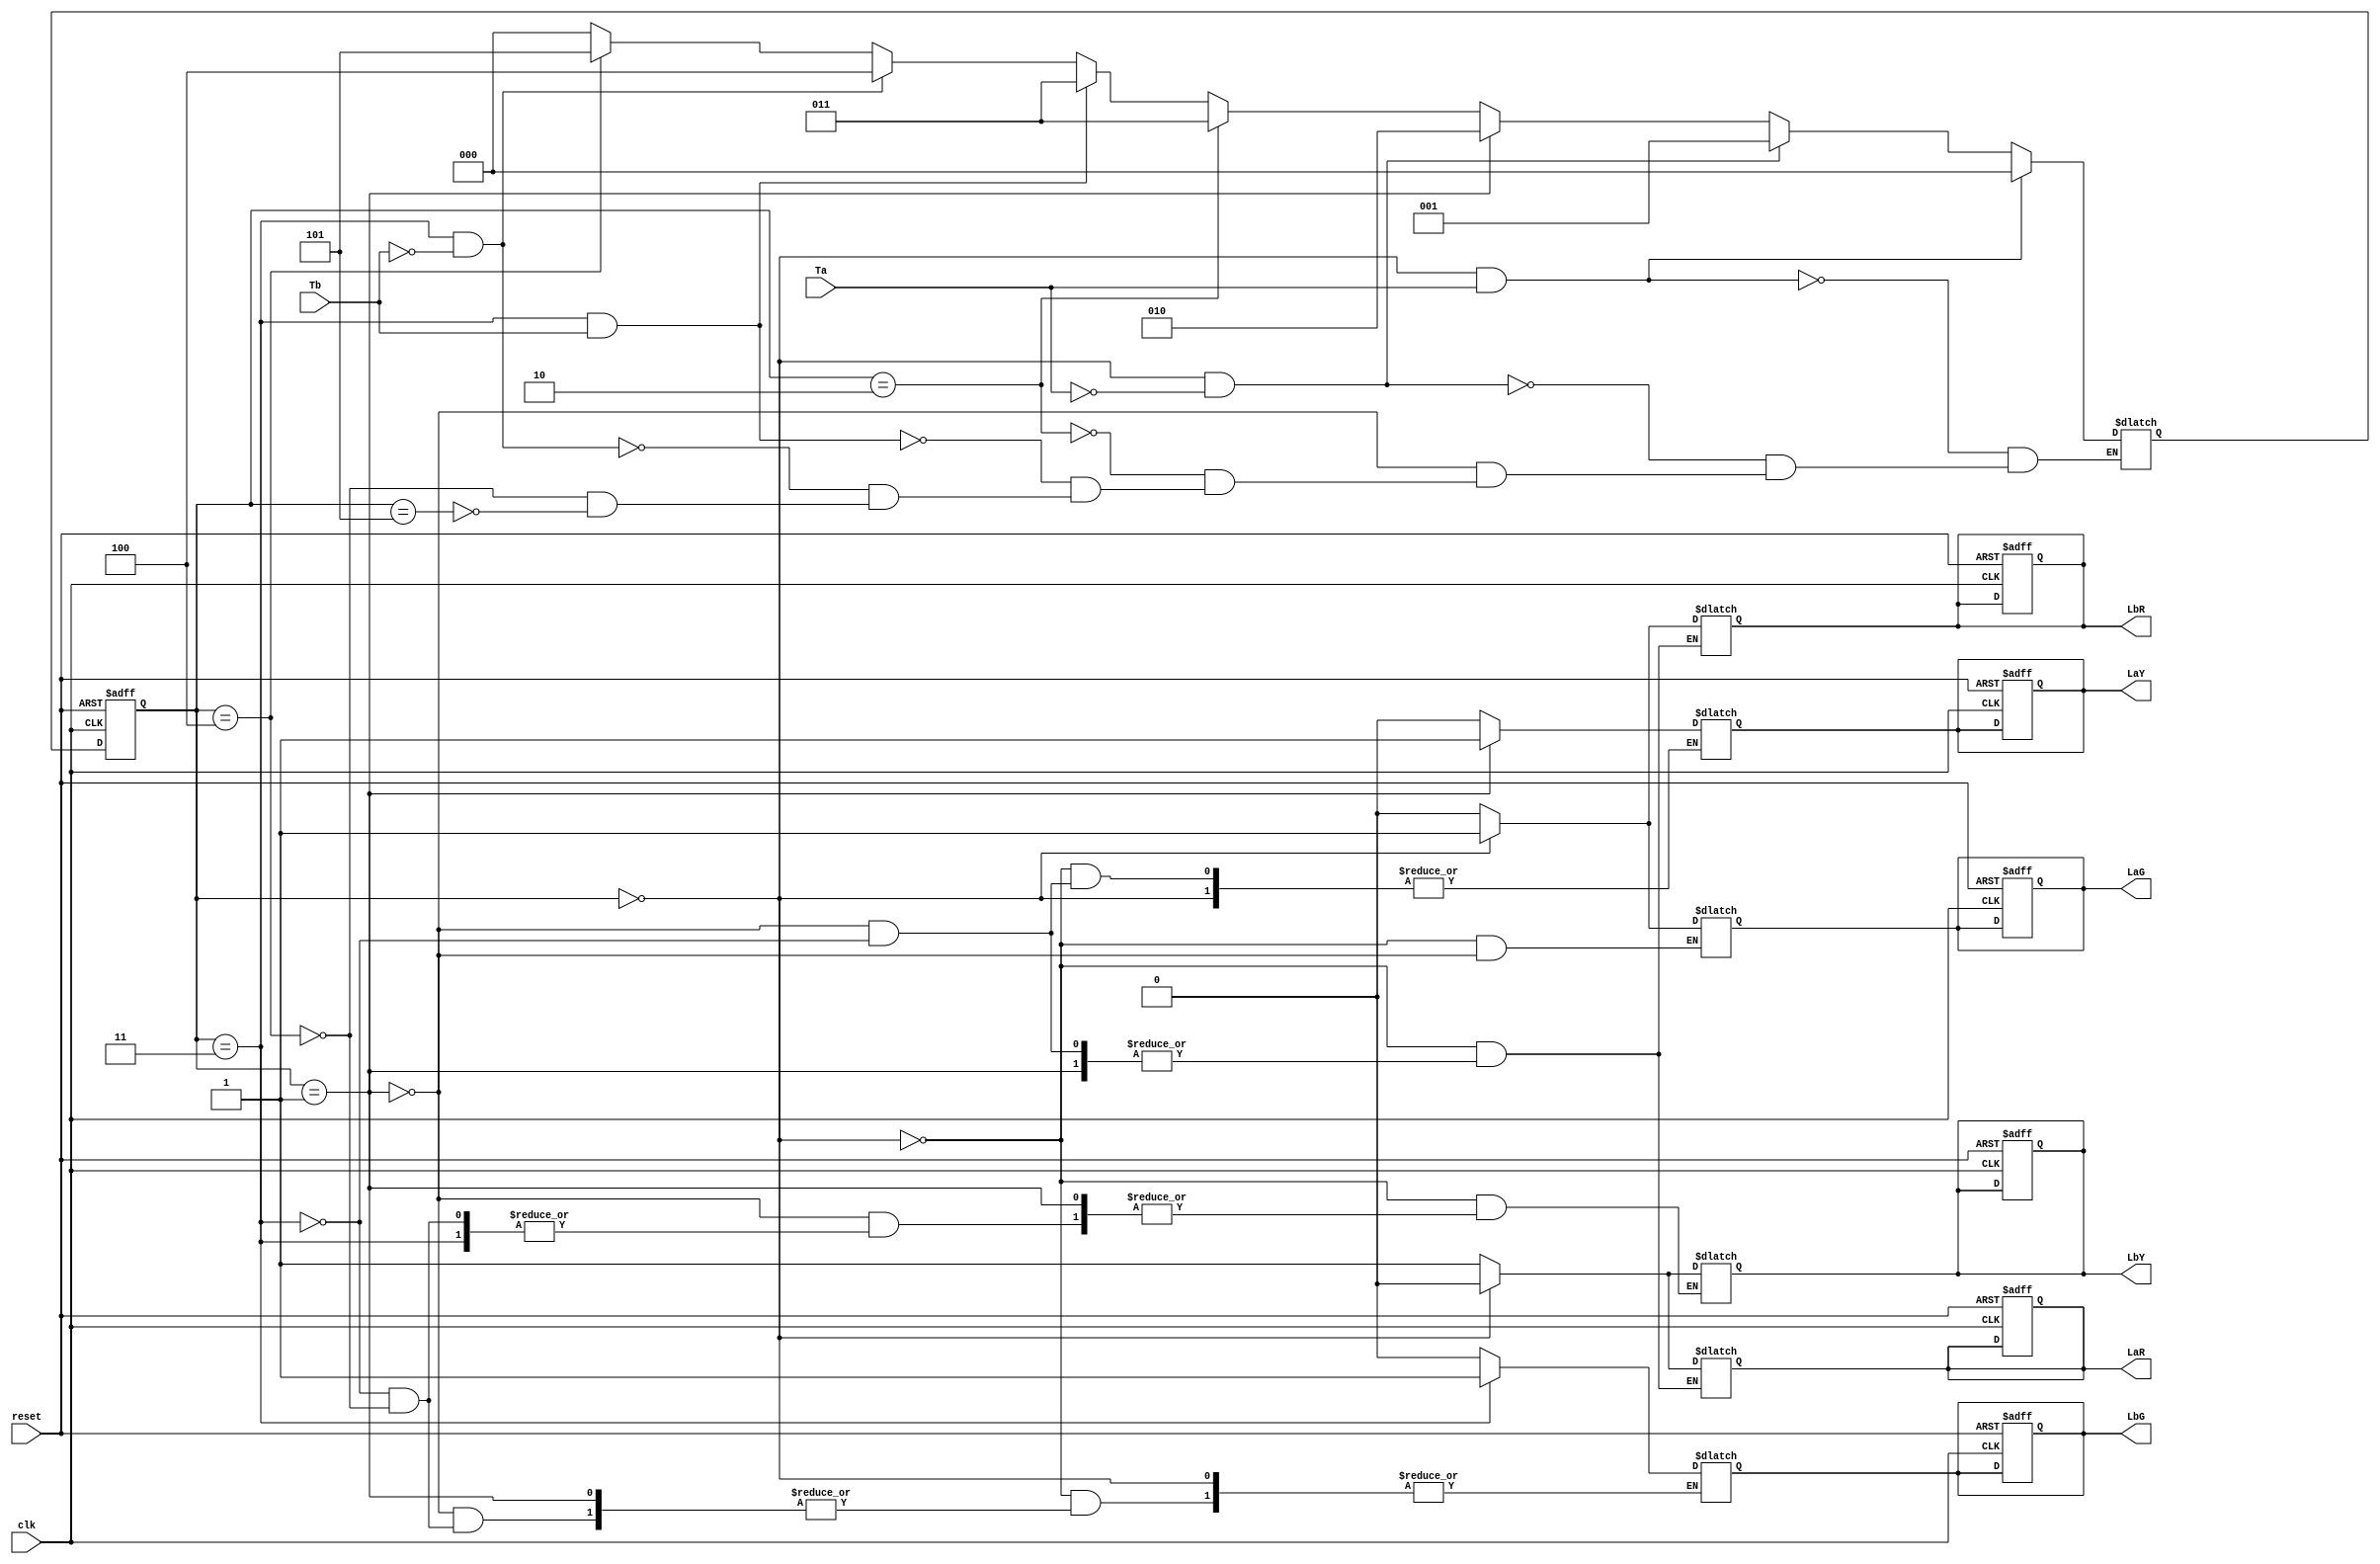
`timescale 1ns/1ps

// This is a modified Traffic Light controller
module TLC(LaG,LaY,LaR,LbG,LbY,LbR,Ta,Tb,clk,reset);

    output reg LaG,LaY,LaR,LbG,LbY,LbR;
    input Ta,Tb,clk,reset;
    parameter S0 = 3'b000;
    parameter S1 = 3'b001;
    parameter S2 = 3'b010;
    parameter S3 = 3'b011;
    parameter S4 = 3'b100;
    parameter S5 = 3'b101;

    reg [2:0] currState,nextState;
    reg out;

    always @(posedge clk, posedge reset)
    begin

        if(reset == 1'b 1)
    
        begin
            currState <= S0;
            LaG<=1;
            LaY<=0;
            LaR<=0;
            LbG<=0;
            LbY<=0;
            LbR<=1;
        end
    
        else    
            currState <= nextState;
    end

    always @(currState)
    begin
        if(currState == S0)
        begin
            LaG <= 1;
            LbR <= 1;
            LaR <= 0;
            LbY <= 0;
        end
        else if(currState == S1)
        begin
            LaG <= 0;
            LaY <= 1;
        end
//      else if(currState == S2)  ==> No need to do anything for S2 as it will come only after S1 and needs no change
        else if(currState == S3)
        begin
            LaR <= 1;
            LbR <= 0;
            LaY <= 0;
            LbG <= 1;
        end
        else if(currState == S4)
        begin
            LbG <= 0;
            LbY <= 1;
        end
//      else if(currState == S5)  ==> No need to do anything for S5 as it will come only after S4 and needs no change
    end

    always @(Ta,Tb,currState)
    begin
        if(currState == S0 && Ta == 1)
            nextState <= S0;
        else if(currState == S0 && Ta == 0)
            nextState <= S1;
        else if(currState == S1)
            nextState <= S2;
        else if(currState == S2)
            nextState <= S3;
        else if(currState == S3 && Tb ==1)
            nextState <= S3;
        else if(currState == S3 && Tb ==0)
            nextState <= S4;
        else if(currState == S4)
            nextState <= S5;
        else if(currState == S5)
            nextState <= S0;
    end

endmodule 

// This is a modified Traffic Light controller
module TLC_testbench;
    reg clk, reset, Ta, Tb;
    wire LaG,LaY,LaR,LbG,LbY,LbR;

    TLC tlc(LaG,LaY,LaR,LbG,LbY,LbR,Ta,Tb,clk,reset);

    initial
    begin
        clk = 0;
        reset = 0;
        Ta = 0;
        Tb = 0;

        $dumpfile ("TLC.vcd");
        $dumpvars(0,TLC_testbench);

        reset =1; Ta = 1;
        #3  reset =0;   Ta = 1;
        #10  Ta = 0;
        #10  
        #10  Ta = 1;
        #10  Tb = 1;
        #10  Tb = 0;
        #10  
        #10  
        #10  Ta = 0;
        #3  reset = 1;
        #7  reset = 0;

    end


    always
        #5 clk=~clk;

    // so that we don't have to press Ctrl+Z :-)
    initial
        #120 $finish;


endmodule